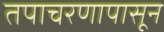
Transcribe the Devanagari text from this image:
तपाचरणापासून